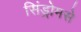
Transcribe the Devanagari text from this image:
सिंड्रोमसे